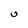
Character: U